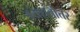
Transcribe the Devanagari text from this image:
त्रयशतोत्तर